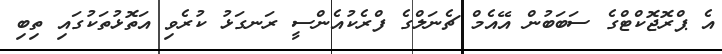
އެ ޕްރޮޖޮކްޓްގެ ސަބަބުން އޭއެމް ޗެނަލްގެ ފްރެކުއެންސީ ރަނގަޅު ކުރެވި އަތޮޅުތަކުގައި ތިބި